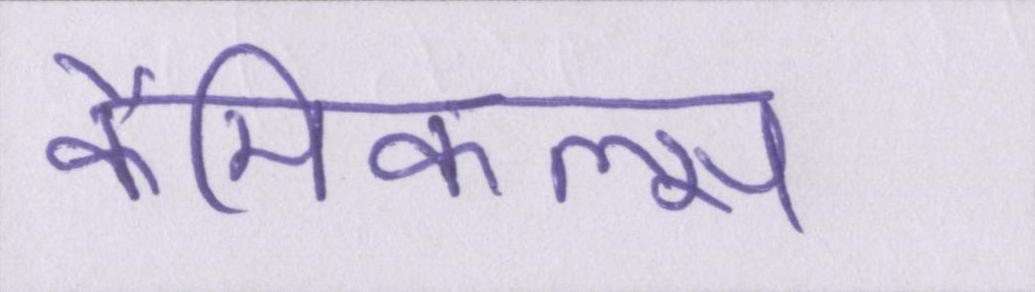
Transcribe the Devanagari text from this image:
कैमिकल्स